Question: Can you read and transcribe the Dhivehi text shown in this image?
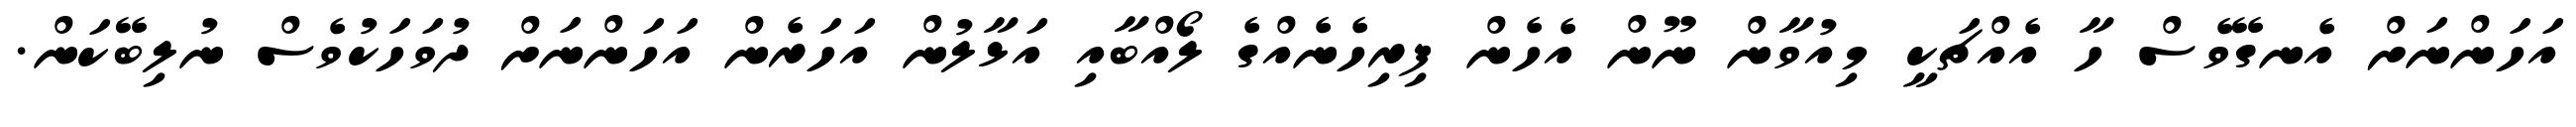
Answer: އަހަންނަށް އެނގޭވެސް ހާ އެއްޗަކީ މިއުވާން ނޫން އެހެން ފިރިހެނެއްގެ ލޯއްބާއި އަޅާލުން އަހަރެން އަހަންނަށް ދުވަހަކުވެސް ނުލިބޭކަން.